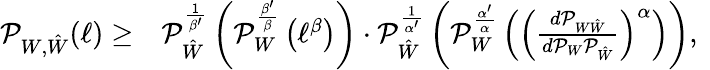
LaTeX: \begin{array}{rl}{\mathcal{P}_{W,\hat{W}}(\ell)\geq}&{\mathcal{P}_{\hat{W}}^{\frac{1}{\beta^{\prime}}}\left(\mathcal{P}_{W}^{\frac{\beta^{\prime}}{\beta}}\left(\ell^{\beta}\right)\right)\cdot\mathcal{P}_{\hat{W}}^{\frac{1}{\alpha^{\prime}}}\left(\mathcal{P}_{W}^{\frac{\alpha^{\prime}}{\alpha}}\left(\left(\frac{d\mathcal{P}_{W\hat{W}}}{d\mathcal{P}_{W}\mathcal{P}_{\hat{W}}}\right)^{\alpha}\right)\right),~}\end{array}